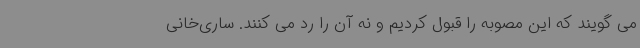
می گویند که این مصوبه را قبول کردیم و نه آن را رد می کنند. ساری‌خانی